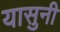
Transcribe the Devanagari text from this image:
यासुनी